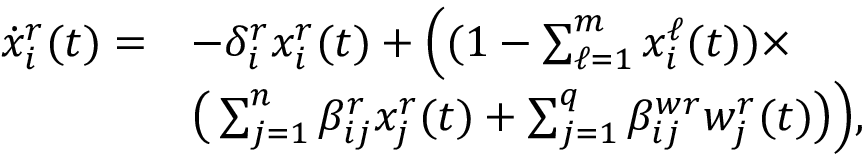
\begin{array} { r l } { \scriptsize \dot { x } _ { i } ^ { r } ( t ) = } & { - \delta _ { i } ^ { r } x _ { i } ^ { r } ( t ) + \Big ( ( 1 - \textstyle \sum _ { \ell = 1 } ^ { m } x _ { i } ^ { \ell } ( t ) ) \times } \\ & { \big ( \textstyle \sum _ { j = 1 } ^ { n } \beta _ { i j } ^ { r } x _ { j } ^ { r } ( t ) + \textstyle \sum _ { j = 1 } ^ { q } \beta _ { i j } ^ { w r } w _ { j } ^ { r } ( t ) \big ) \Big ) , } \end{array}